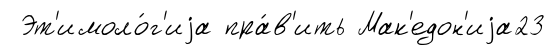
Эт'имоло́г'иjа пра́в'ить Мак'едон'иjа23